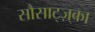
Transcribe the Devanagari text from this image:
सौसाट्ज़्का